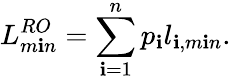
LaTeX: L_{m\mathbf{i}n}^{RO}=\sum_{\mathbf{i}=1}^{n}p_{\mathbf{i}}l_{\mathbf{i},m\mathbf{i}n}.